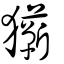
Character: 玂